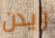
رايدن